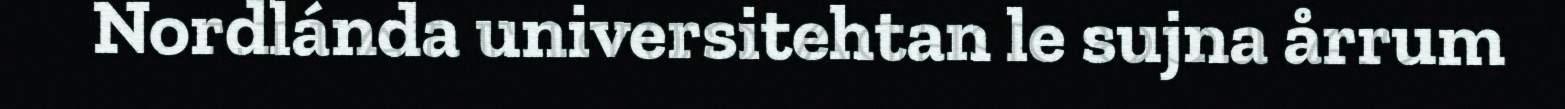
Nordlánda universitehtan le sujna årrum